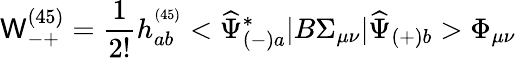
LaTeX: {\mathsf W}_{-+}^{(45)}=\frac{1}{2!}h_{ab}^{^{(45)}}<\widehat{\Psi}_{(-)a}^{*}|B\Sigma_{\mu\nu}|\widehat{\Psi}_{(+)b}>\Phi_{\mu\nu}